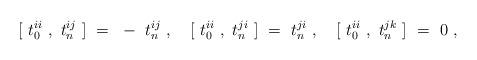
LaTeX: \begin{align*}[~t_0^{ii}~,~t_n^{ij}~]~=~- ~t_n^{ij}~,~~~[~t_0^{ii}~,~t_n^{ji}~]~=~t_n^{ji}~,~~~[~t_0^{ii}~,~t_n^{jk}~]~=~0~,\end{align*}